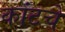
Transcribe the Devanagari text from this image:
कांटचे